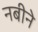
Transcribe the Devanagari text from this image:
नबीने